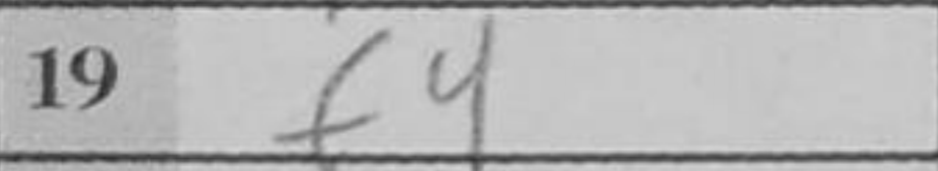
Transcription: f4